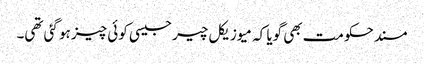
مسند حکومت بھی گویا کہ میوزیکل چیر جیسی کوئی چیز ہو گئی تھی۔